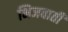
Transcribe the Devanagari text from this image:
भिजवाती